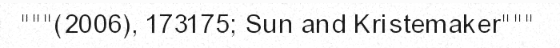
"""(2006), 173175; Sun and Kristemaker"""